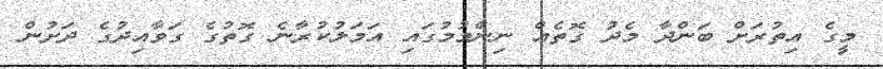
މީގެ އިތުރަށް ބަންދާ މެދު ގޮތެއް ނިންމުމުގައި އަމަލުކުރާނެ ގޮތުގެ ގަވާއިދުގެ ދަށުން